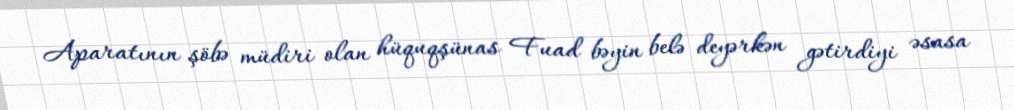
Aparatının şöbə müdiri olan hüquqşünas Fuad bəyin belə deyərkən gətirdiyi əsasa